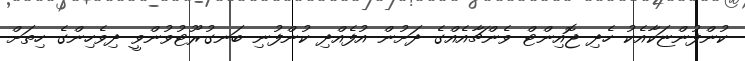
ކުންފުންޏަކާއެކު ހެދި ޖޮއިންޓް ވެންޗާއެއްގެ ދަށުން އުފެއްދި ކުންފުނި ބަނގުރޫޓުވުންވީ ދިވެހިންގެ ހިތަށް